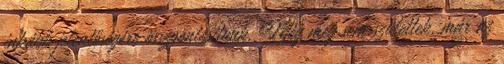
inkább jelentőségére összpontosítunk. Még meg sem születtek, már az